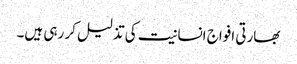
بھارتی افواج انسانیت کی تذلیل کر رہی ہیں۔